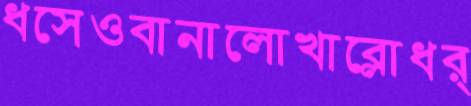
ধসেওবানালোখাব্‌লোধর্